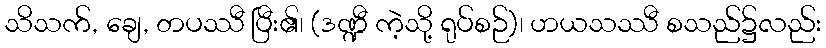
သိသက်, ချေ, တပဿီ ပြီး၏၊ (ဒဏ္ဍီ ကဲ့သို့ ရုပ်စဉ်)၊ ဟယသဿီ စသည်၌လည်း